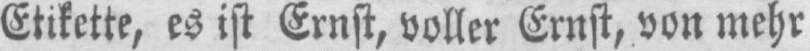
Etikette, es ist Ernst, voller Ernst, von mehr